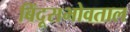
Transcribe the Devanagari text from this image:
बिंदूसभोवताल